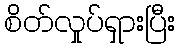
စိတ်လှုပ်ရှားပြီး